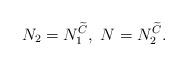
LaTeX: \begin{align*}N_2=N_1^{\widetilde C},\ N=N_2^{\widetilde C}.\end{align*}